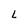
Character: L